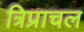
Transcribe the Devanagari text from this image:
त्रिप्राचल